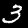
Label: 3